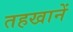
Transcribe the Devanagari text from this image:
तहखानें